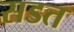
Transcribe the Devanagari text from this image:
सडत